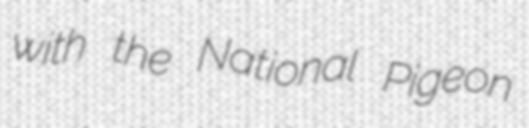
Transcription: with the National Pigeon